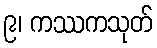
၉၊ ကဿကသုတ်